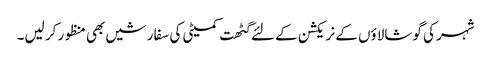
شہر کی گوشالاؤں کے نریکشن کے لئے گٹھت کمیٹی کی سفارشیں بھی منظور کر لیں۔